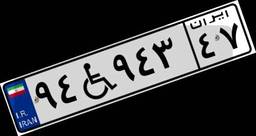
۹۴W۹۴۳۴۷